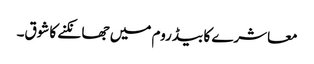
معاشرے کا بیڈ روم میں جھانکنے کاشوق۔